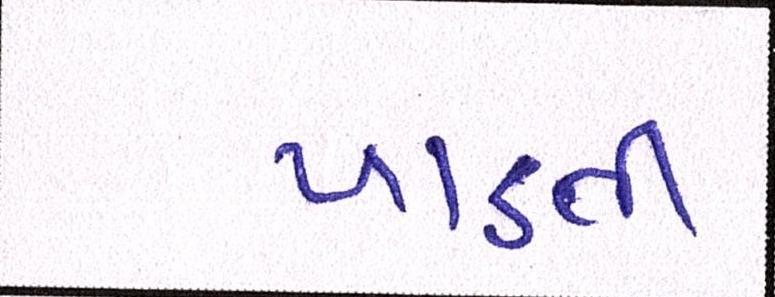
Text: પાડતી